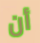
أن